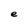
Character: e